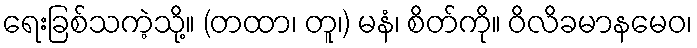
ရေးခြစ်သကဲ့သို့။ (တထာ၊ တူ၊) မနံ၊ စိတ်ကို။ ဝိလိခမာနမေဝ၊